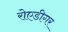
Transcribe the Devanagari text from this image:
रोएडीगर